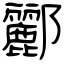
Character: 酈